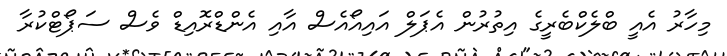
މިހާރު އެއީ ބްލެކްބެރީގެ އިތުރުން އެޕަލް އައިއޯއެސް އާއި އެންޑްރޮއިޑް ވެސް ސަޕޯޓްކުރާ